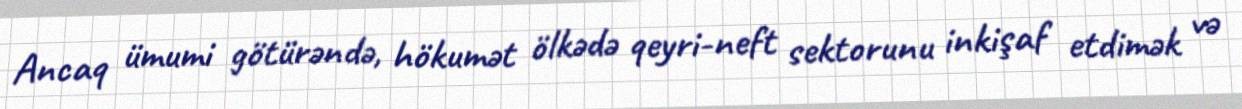
Ancaq ümumi götürəndə, hökumət ölkədə qeyri-neft sektorunu inkişaf etdimək və